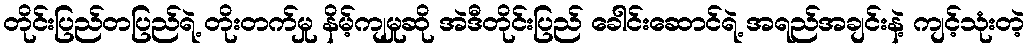
တိုင်းပြည်တပြည်ရဲ့ တိုးတက်မှု နိမ့်ကျမှုဆို အဲဒီတိုင်းပြည် ခေါင်းဆောင်ရဲ့ အရည်အချင်းနဲ့ ကျင့်သုံးတဲ့